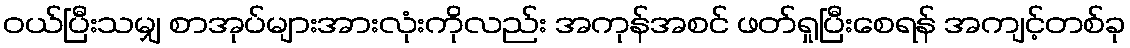
ဝယ်ပြီးသမျှ စာအုပ်များအားလုံးကိုလည်း အကုန်အစင် ဖတ်ရှုပြီးစေရန် အကျင့်တစ်ခု